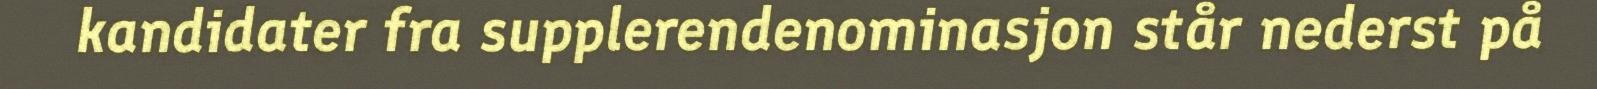
kandidater fra supplerendenominasjon står nederst på